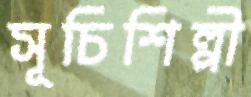
সূচিশিল্পী